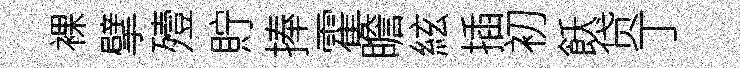
裸擘殪貯捧霍瞻絃插初飫贷丁